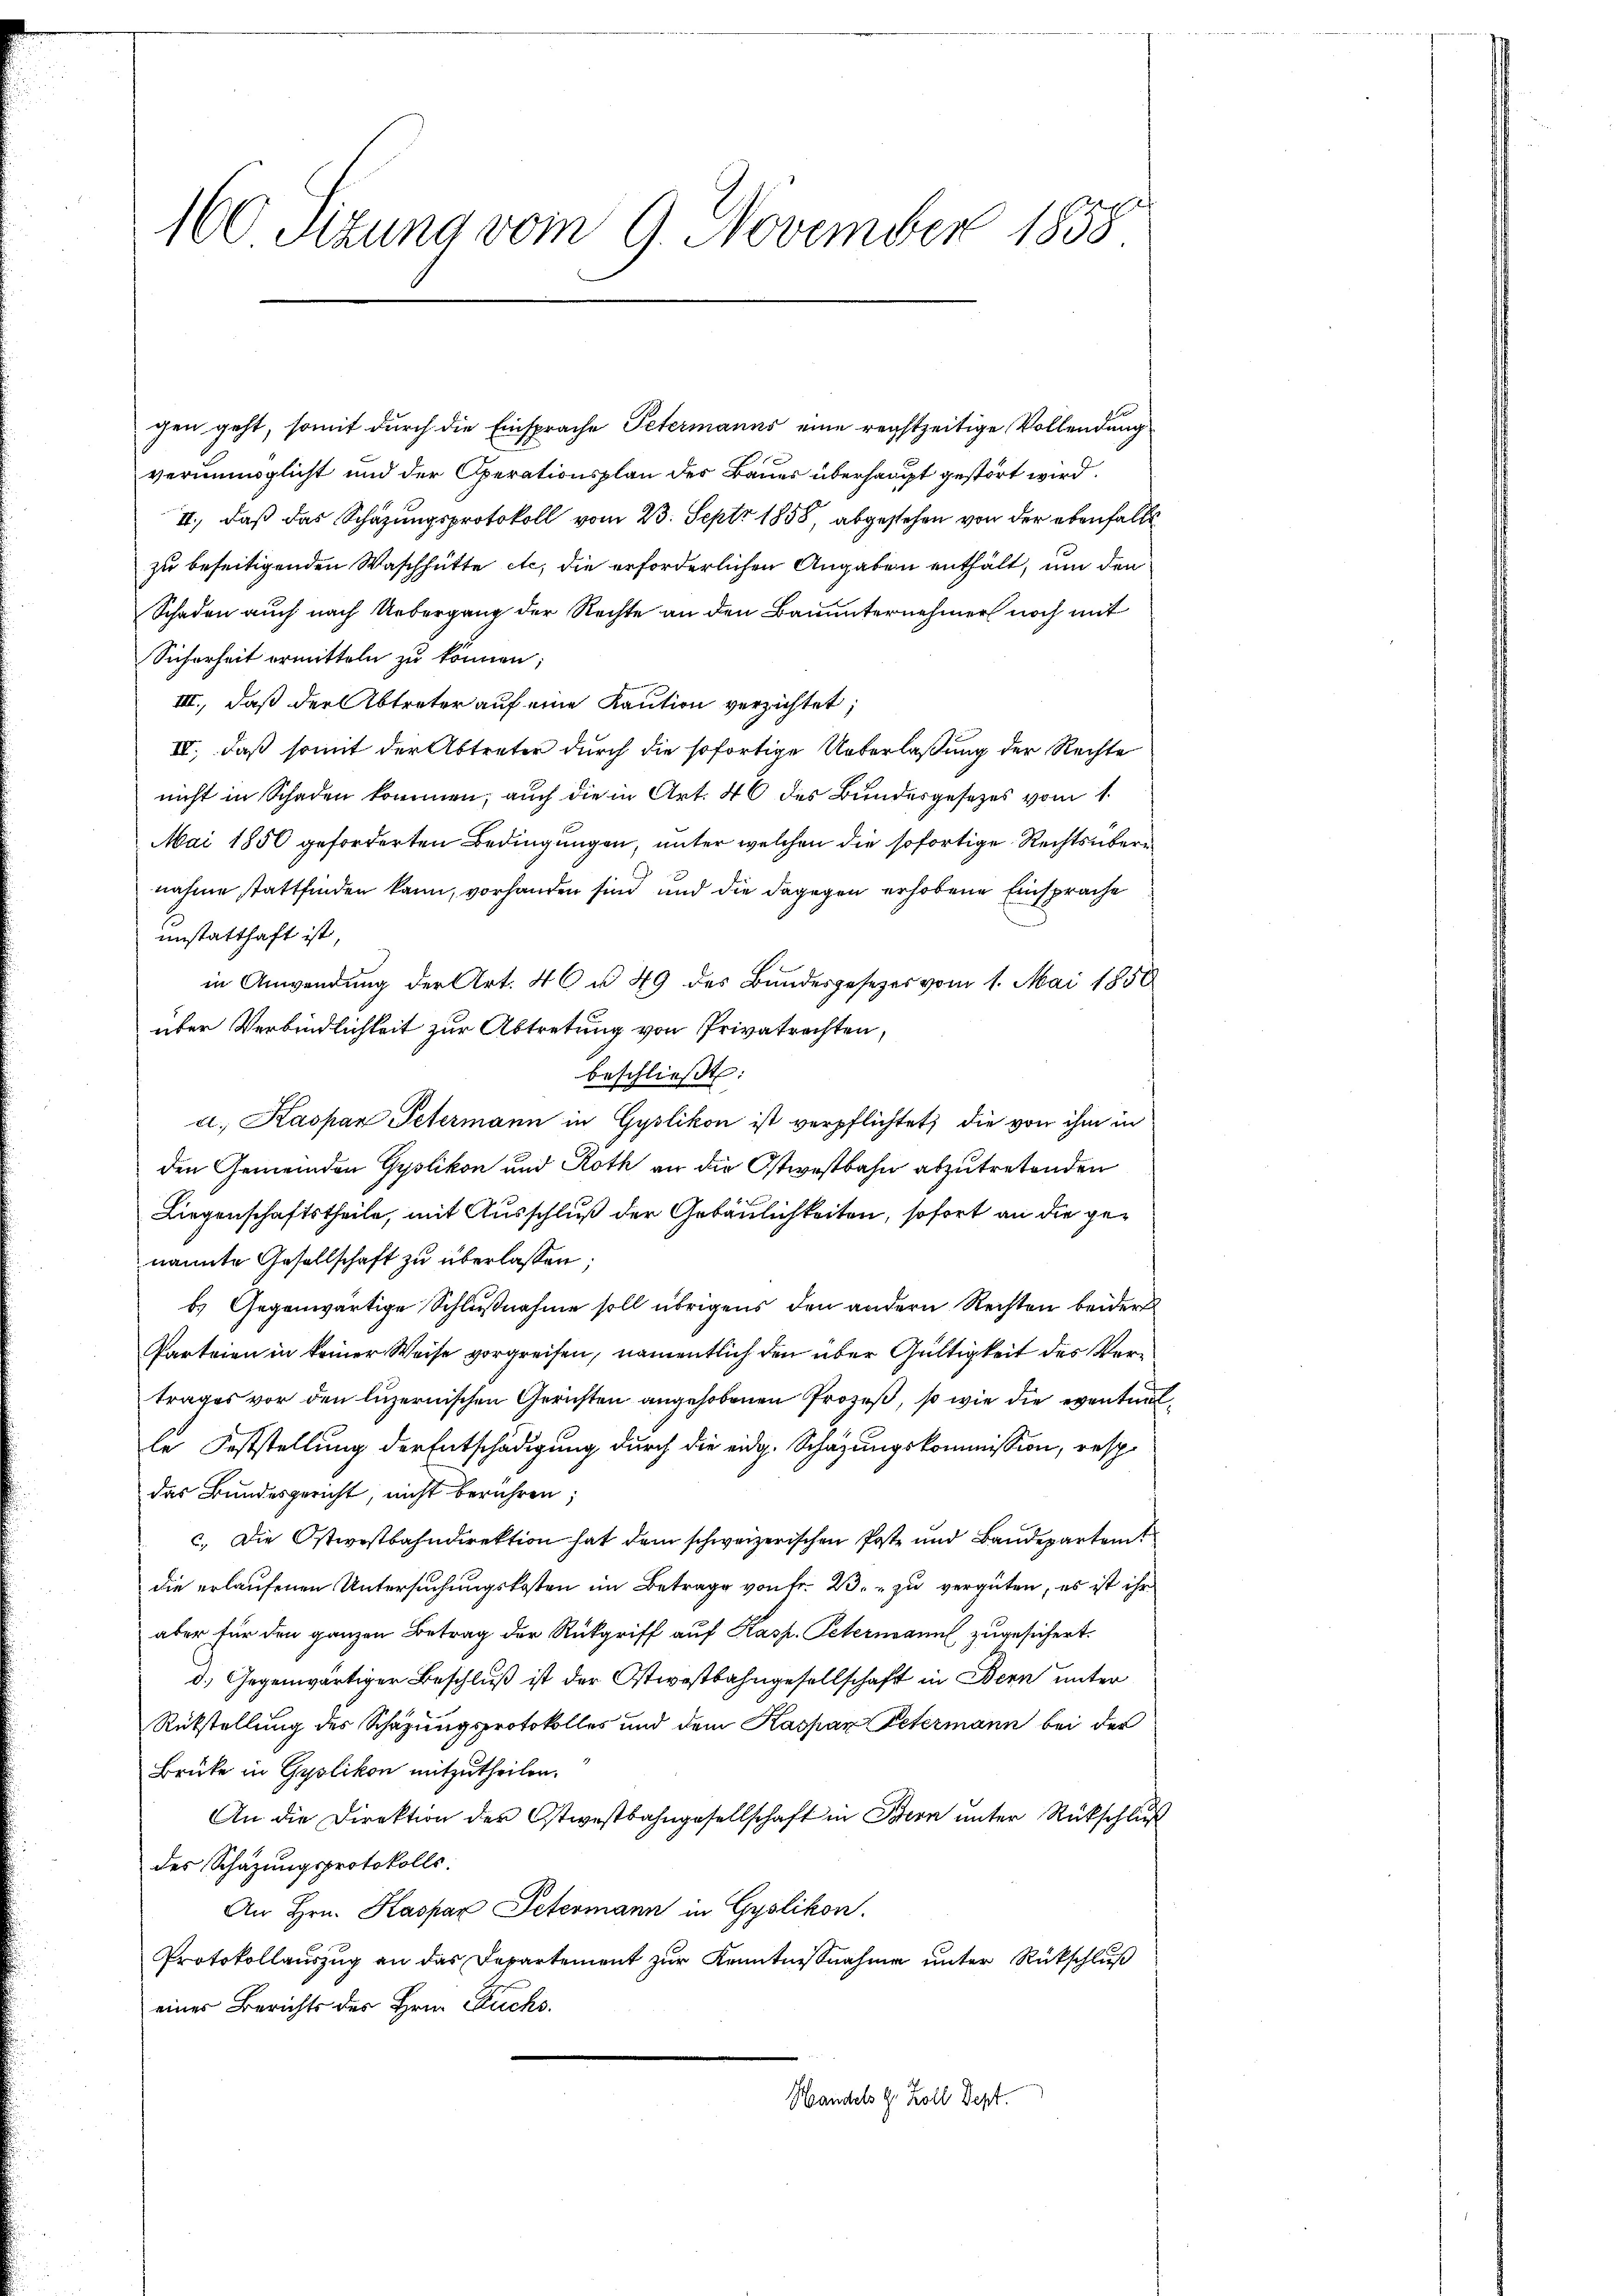
160 Sitzung vom 9. November 1858

gen geht, somit durch die Einsprache Petermanns eine rechtzeitige Vollendung
verunmöglicht und der Operationsplan des Bauer überhaupt gestört wird.
II., daß das Schazungsprotokoll vom 23. Sept. 1858, abgestehen von der ebenfalls
zu beseitigenden Waschhütte etc. die erforderlichen Angaben enthält, um den
Schaden auch nach Uebergang der Rechte an den Bauunternehmer noch mit
Sicherheit ermitteln zu können;
III, daß der Abtreter auf eine Kaution verzichtet;
IV., daß somit der Abtreter durch die sofortige Unterlaßung der Rechte
nicht in Schaden kommen; auch die in Art. 46 des Bundesgesetzes vom 1.
Mai 1850 geforderten Bedingungen, unter welchen die sofortige Rechtsübernahme stattfinden kann, vorhanden sind und die dagegen erhobene Einsprache
unstatthaft ist,
in Anwendung der Art. 46 u. 49 des Bundesgesezes vom 1. Mai 1858
über Verbindlichkeit zur Abtretung von Privatrechten,
beschließt:
a. Kaspar Petermann in Gyslikon ist verpflichtet, die von ihm in
den Gemeinden Gyslikon und Roth an die Ostwestbahn abzutretenden
Liegenschaftstheile, mit Ausschluß der Gebäulichkeiten, sofort an die genannte Gesellschaft zu überlassen
b.) Gegenwärtige Schlußnahme soll übrigens den andern Rechten beider
Parteien in keiner Weise vorgreifen, namentlich den über Gültigkeit des Vertrages vor den luzernischen Gerichten angehobenen Prozeß, so wie die eventualle Feststellung der Entschädigung durch die eidg. Schazungskommission, resp.
das Bundesgericht, nicht berühren;
c. Die Ostwestbahndirektion hat dem schweizerischen Poste und Baudepartemt
die erlaufenen Untersuchungskosten im Betrage von Fr. 23. zu vergüten, es ist ihr
aber für den ganzen Betrag der Rückgriff auf Kasp. Petermanns zugesichert.
d.) Gegenwärtiger Beschluß ist der Ostwestbahngesellschaft in Bern unter
Rükstellung des Schazungsprotokolles und dem Kaspar Petermann bei der
Brüke in Gyslikon mitzutheilen.
An die Direktion der Ostwestbahngesellschaft in Bern unter Rückschluß
des Schazungsprotokolls:
An Hrn. Kaspar Petermann in Gyslikon.
Protokollauszug an das Departement zur Kenntnisnahme unter Rückschluß
eines Berichts des Hrn. Fuchs.
Handels G. Zoll Sept.